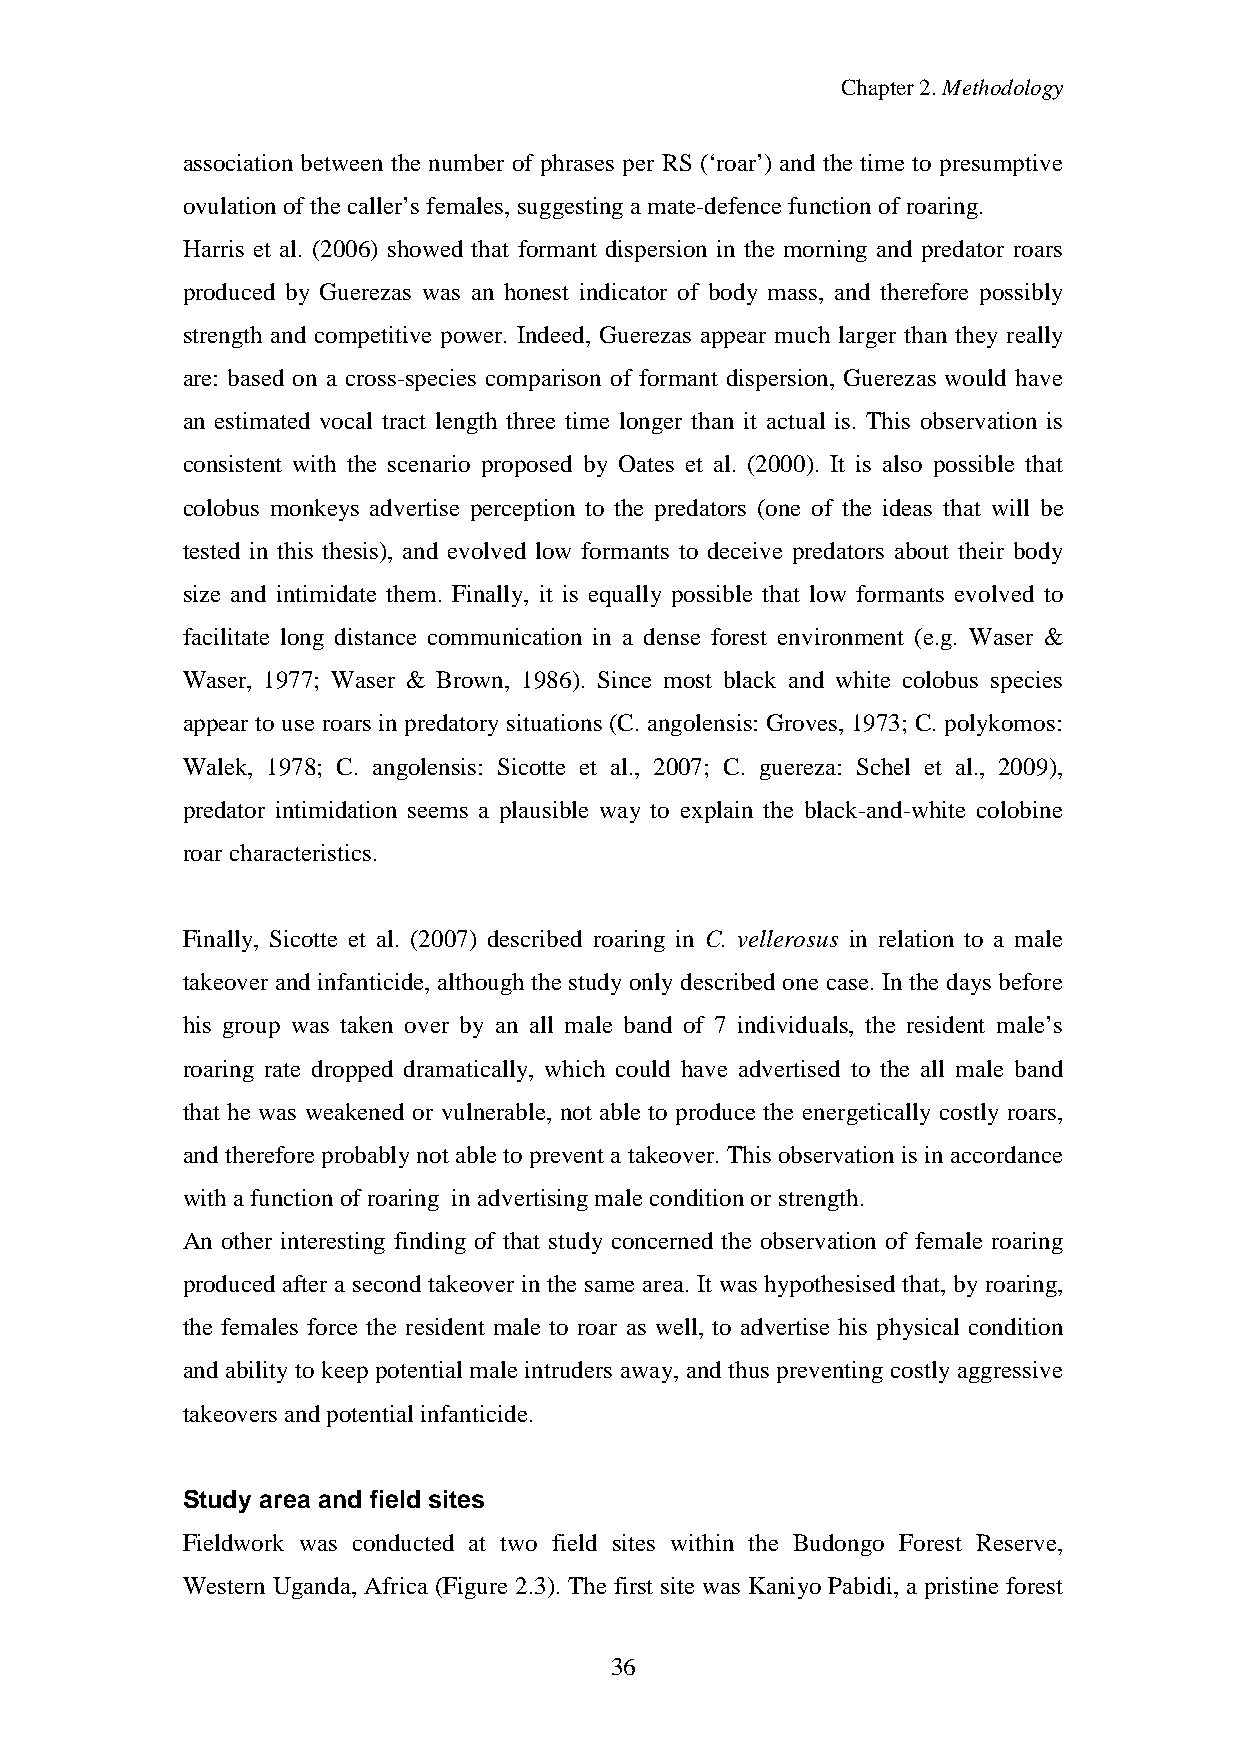
Chapter2.Methodology
 association between the number of phrases per RS (‘roar’) and the time to presumptive
 ovulationofthecaller’s females, suggestingamate-defencefunctionofroaring.
 Harris et al. (2006) showed that formant dispersion in the morning and predator roars
 produced by Guerezas was an honest indicator of body mass, and therefore possibly
 strength and competitive power. Indeed, Guerezas appear much larger than they really
 are: based on a cross-species comparison of formant dispersion, Guerezas would have
 an estimated vocal tract length three time longer than it actual is. This observation is
 consistent with the scenario proposed by Oates et al. (2000). It is also possible that
 colobus monkeys advertise perception to the predators (one of the ideas that will be
 tested in this thesis), and evolved low formants to deceive predators about their body
 size and intimidate them. Finally, it is equally possible that low formants evolved to
 facilitate long distance communication in a dense forest environment (e.g. Waser &
 Waser, 1977; Waser & Brown, 1986). Since most black and white colobus species
 appear to use roars in predatorysituations (C. angolensis: Groves, 1973; C. polykomos:
 Walek, 1978; C. angolensis: Sicotte et al., 2007; C. guereza: Schel et al., 2009),
 predator intimidation seems a plausible way to explain the black-and-white colobine
 roarcharacteristics.
 Finally, Sicotte et al. (2007) described roaring in C. vellerosus in relation to a male
 takeover and infanticide, although the studyonlydescribed one case. In the days before
 his group was taken over by an all male band of 7 individuals, the resident male’s
 roaring rate dropped dramatically, which could have advertised to the all male band
 that he was weakened or vulnerable, not able to produce the energetically costly roars,
 and therefore probablynot able to prevent a takeover. This observation is in accordance
 withafunctionofroaring inadvertisingmaleconditionorstrength.
 An other interesting finding of that study concerned the observation of female roaring
 produced after a second takeover in the same area. It was hypothesised that, byroaring,
 the females force the resident male to roar as well, to advertise his physical condition
 and abilityto keep potential male intruders away, and thus preventing costlyaggressive
 takeovers andpotential infanticide.
 Study area and field sites
 Fieldwork was conducted at two field sites within the Budongo Forest Reserve,
 Western Uganda, Africa (Figure 2.3). The first site was Kaniyo Pabidi, a pristine forest
 36